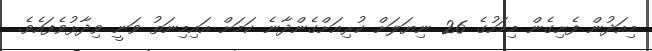
މިއަދުން ފެށިގެން މިމަހުގެ 26 ނިޔަލަށް ކުރިއަށްގެންދާނެ ކަމަށް އައިމިނަތު ވަނީ ވިދާޅުވެފައެވެ.